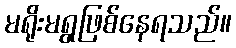
မရိုးမရွဖြစ်နေရသည်။